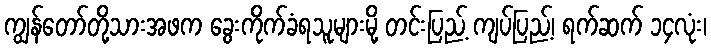
ကျွန်တော်တို့သားအဖက ခွေးကိုက်ခံရသူများမို့ တင်းပြည့် ကျပ်ပြည့်၊ ရက်ဆက် ၁၄လုံး၊